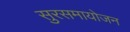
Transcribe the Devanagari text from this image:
सुरसमायोजन